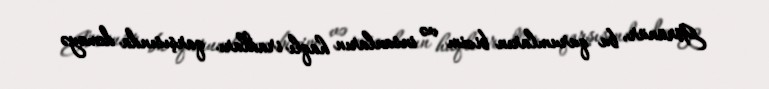
Görünür, bu qurumların bizim və insanların haqlı iradları qarşısında deməyə